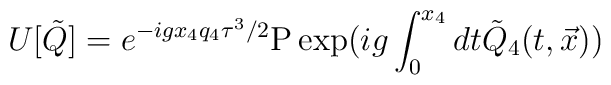
U[{\tilde Q}] = e^{- i g x_4 q_4 \tau^3/2} {\rm P} \exp ( i g \int_0^{x_4} dt{\tilde Q}_4(t,{\vec x}) )